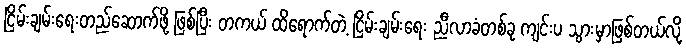
ငြိမ်းချမ်းရေးတည်ဆောက်ဖို့ ဖြစ်ပြီး တကယ် ထိရောက်တဲ့ ငြိမ်းချမ်းရေး ညီလာခံတစ်ခု ကျင်းပ သွားမှာဖြစ်တယ်လို့